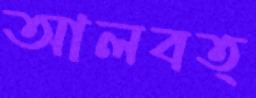
আলবত্